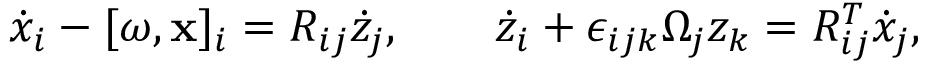
\begin{array} { r } { \dot { x } _ { i } - [ \boldsymbol { \omega } , { \bf x } ] _ { i } = R _ { i j } \dot { z } _ { j } , \qquad \dot { z } _ { i } + \epsilon _ { i j k } \Omega _ { j } z _ { k } = R _ { i j } ^ { T } \dot { x } _ { j } , } \end{array}